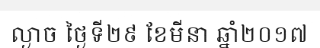
ល្ងាច ថ្ងៃទី២៩ ខែមីនា ឆ្នាំ២០១៧